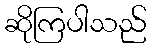
ဆိုကြပါသည်